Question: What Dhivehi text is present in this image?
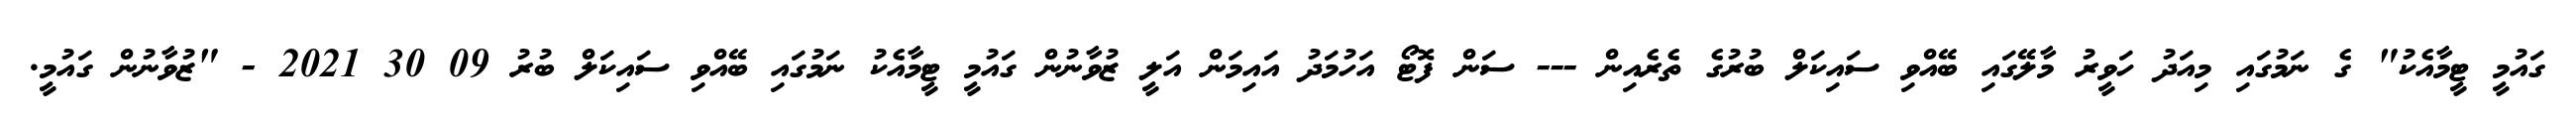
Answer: ގައުމީ ޓީމާއެކު" ގެ ނަމުގައި މިއަދު ހަވީރު މާލޭގައި ބޭއްވި ސައިކަލް ބުރުގެ ތެރެއިން --- ސަން ފޮޓޯ އަހުމަދު އައިމަން އަލީ ޒުވާނުން ގައުމީ ޓީމާއެކު ނަމުގައި ބޭއްވި ސައިކަލް ބުރު 09 30 2021 - "ޒުވާނުން ގައުމީ.